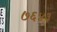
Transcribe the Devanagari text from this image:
७६४३